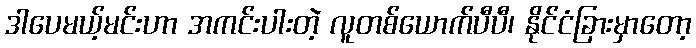
ဒါပေမယ့်မင်းဟာ အကင်းပါးတဲ့ လူတစ်ယောက်ပီပီ၊ နိုင်ငံခြားမှာတော့